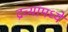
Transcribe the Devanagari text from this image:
द्रव्यांमध्ये